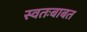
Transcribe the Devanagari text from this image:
स्वतःबाबत